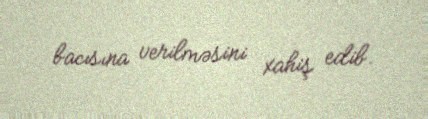
bacısına verilməsini xahiş edib.